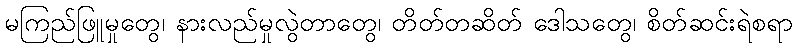
မကြည်ဖြူမှုတွေ၊ နားလည်မှုလွဲတာတွေ၊ တိတ်တဆိတ် ဒေါသတွေ၊ စိတ်ဆင်းရဲစရာ